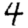
Digit: 4